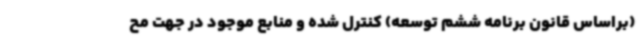
(براساس قانون برنامه ششم توسعه) کنترل شده و منابع موجود در جهت مح